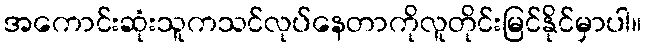
အကောင်းဆုံးသူကသင်လုပ်နေတာကိုလူတိုင်းမြင်နိုင်မှာပါ။